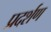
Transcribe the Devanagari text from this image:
प्रदर्शण